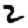
Digit: 2